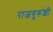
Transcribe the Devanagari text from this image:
राजगुरूंशी